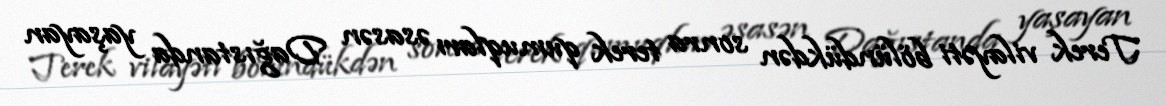
Terek vilayəti bölündükdən sonra terek qumuqları əsasən Dağıstanda yaşayan